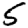
Digit: 5